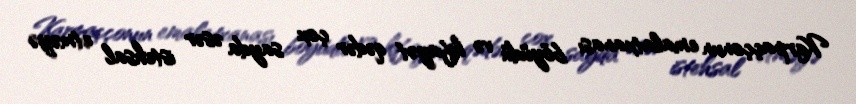
Karpaççonun emalatxanası böyüdü və kifayət qədər çox sayda əsər istehsal etməyə